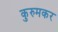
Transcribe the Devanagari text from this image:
कुरुमकर